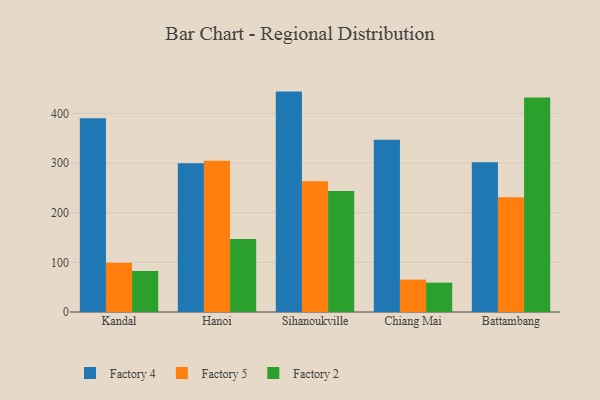
{"axis": {"x": "City", "y": "Operating Costs (USD K)"}, "legend": ["Factory 2", "Factory 4", "Factory 5"], "data": [{"x": "Kandal", "y": 390.3, "type": "Factory 4"}, {"x": "Kandal", "y": 99.1, "type": "Factory 5"}, {"x": "Kandal", "y": 82.4, "type": "Factory 2"}, {"x": "Hanoi", "y": 299.6, "type": "Factory 4"}, {"x": "Hanoi", "y": 304.5, "type": "Factory 5"}, {"x": "Hanoi", "y": 147.2, "type": "Factory 2"}, {"x": "Sihanoukville", "y": 443.9, "type": "Factory 4"}, {"x": "Sihanoukville", "y": 263.4, "type": "Factory 5"}, {"x": "Sihanoukville", "y": 243.7, "type": "Factory 2"}, {"x": "Chiang Mai", "y": 347.0, "type": "Factory 4"}, {"x": "Chiang Mai", "y": 65.2, "type": "Factory 5"}, {"x": "Chiang Mai", "y": 59.1, "type": "Factory 2"}, {"x": "Battambang", "y": 301.7, "type": "Factory 4"}, {"x": "Battambang", "y": 231.2, "type": "Factory 5"}, {"x": "Battambang", "y": 431.9, "type": "Factory 2"}]}